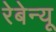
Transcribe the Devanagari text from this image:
रेबेन्यू